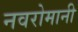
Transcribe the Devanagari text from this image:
नवरोमानी